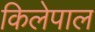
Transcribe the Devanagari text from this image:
किलेपाल